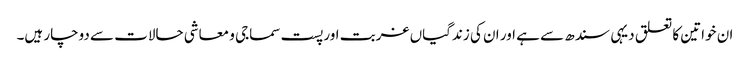
ان خواتین کا تعلق دیہی سندھ سے ہے اور ان کی زندگیاں غربت اور پست سماجی و معاشی حالات سے دوچار ہیں۔